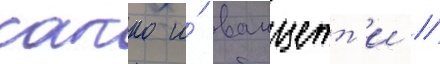
сакко и́ ванцетт'и //